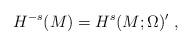
LaTeX: \begin{align*}H^{-s}(M)=H^s(M;\Omega)'\;,\end{align*}